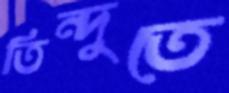
তিন্দুতে